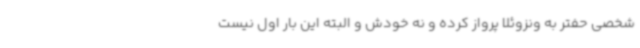
شخصی حفتر به ونزوئلا پرواز کرده و نه خودش و البته این بار اول نیست